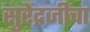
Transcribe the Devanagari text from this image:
सुरेंद्रजींचा